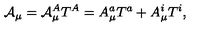
\mathcal { A } _ { \mu } = \mathcal { A } _ { \mu } ^ { A } T ^ { A } = A _ { \mu } ^ { a } T ^ { a } + A _ { \mu } ^ { i } T ^ { i } ,